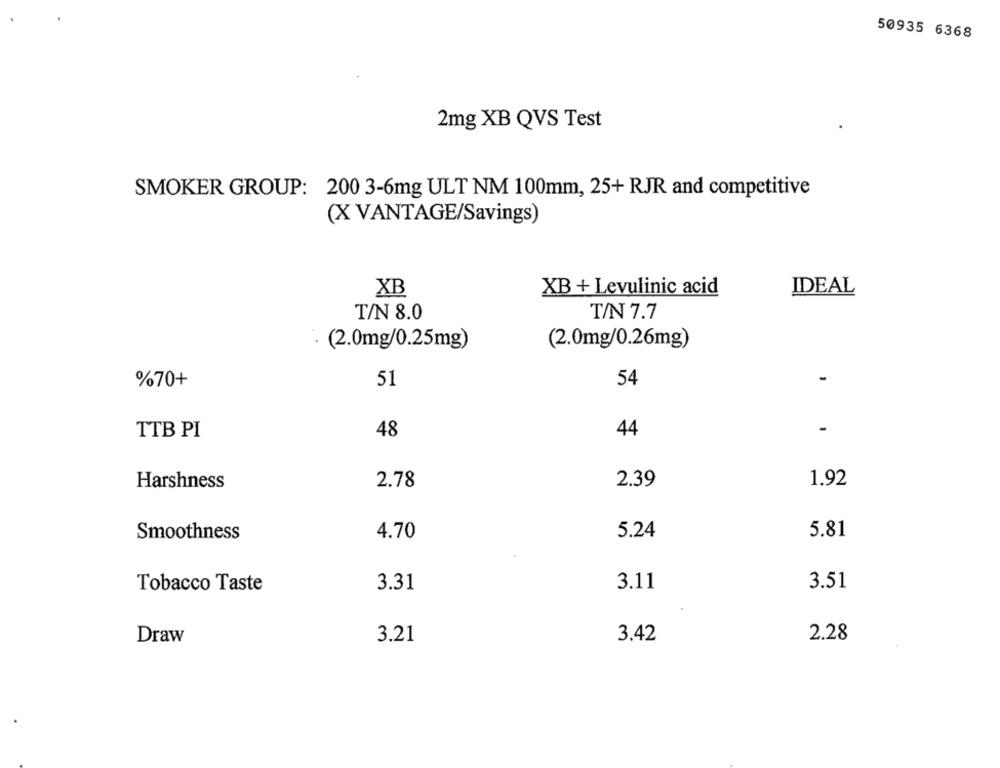
50935 6368
2mg XB QVS Test
SMOKER GROUP: 200 3-6mg ULT NM 100mm, 25+ RJR and competitive
(X VANTAGE/Savings)
XB
XB + Levulinic acid
IDEAL
T/N 8.0
T/N 7.7
(2.0mg/0.25mg)
(2.0mg/0.26mg)
%70+
51
54
TTB PI
48
44
Harshness
2.78
2.39
1.92
Smoothness
4.70
5.24
5.81
3.51
Tobacco Taste
3.31
3.11
3.42
2.28
Draw
3.21